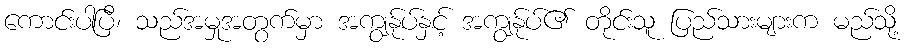
ကောင်းပါပြီ၊ သည်အမှုအတွက်မှာ အကျွန်ုပ်နှင့် အကျွန်ုပ်၏ တိုင်းသူ ပြည်သားများက မည်သို့